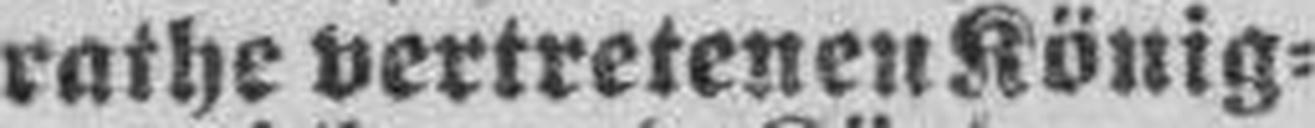
rathe vertretenen König¬